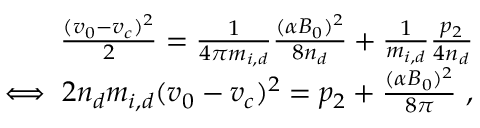
\begin{array} { r } { \frac { ( v _ { 0 } - v _ { c } ) ^ { 2 } } { 2 } = \frac { 1 } { 4 \pi m _ { i , d } } \frac { ( \alpha B _ { 0 } ) ^ { 2 } } { 8 n _ { d } } + \frac { 1 } { m _ { i , d } } \frac { p _ { 2 } } { 4 n _ { d } } } \\ { \iff 2 n _ { d } m _ { i , d } ( v _ { 0 } - v _ { c } ) ^ { 2 } = p _ { 2 } + \frac { ( \alpha B _ { 0 } ) ^ { 2 } } { 8 \pi } \ , } \end{array}